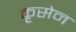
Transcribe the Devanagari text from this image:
कृसेन